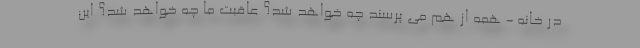
در خانه - همه از هم می پرسند چه خواهد شد؟ عاقبت ما چه خواهد شد؟ این